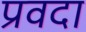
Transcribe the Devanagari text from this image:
प्रवदा